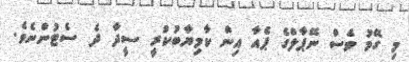
މި ގޭމު ވެސް ނޭޕާލްގެ ޕެއާ އިން ކާމިޔާބުކުރީ ސީދާ ދެ ސެޓުންނެވެ.